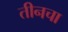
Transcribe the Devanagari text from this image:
तीनचा